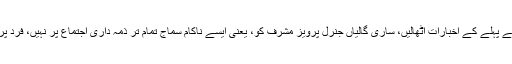
2008ء سے پہلے کے اخبارات اٹھالیں، ساری گالیاں جنرل پرویز مشرف کو، یعنی ایسے ناکام سماج تمام تر ذمہ داری اجتماع پر نہیں، فرد پر ڈالتے ہیں۔